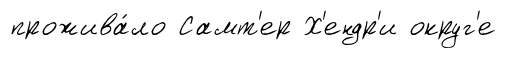
прожива́ло Самт'ер Х'ендр'и округ'е